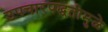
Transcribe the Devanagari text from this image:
उपचारपद्धतीमुळे